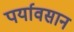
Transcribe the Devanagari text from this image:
पर्यावसान